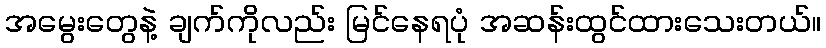
အမွေးတွေနဲ့ ချက်ကိုလည်း မြင်နေရပုံ အဆန်းထွင်ထားသေးတယ်။